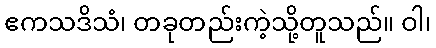
ဧကသဒိသံ၊ တခုတည်းကဲ့သို့တူသည်။ ဝါ၊